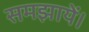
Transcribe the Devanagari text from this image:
समझायें।